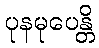
ပုနမုပေန္တိ